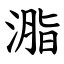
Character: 㴯